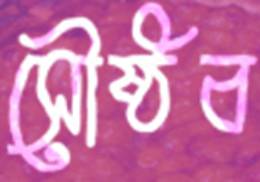
সৌষ্ঠব